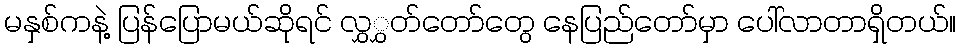
မနှစ်ကနဲ့ ပြန်ပြောမယ်ဆိုရင် လွှွှတ်တော်တွေ နေပြည်တော်မှာ ပေါ်လာတာရှိတယ်။